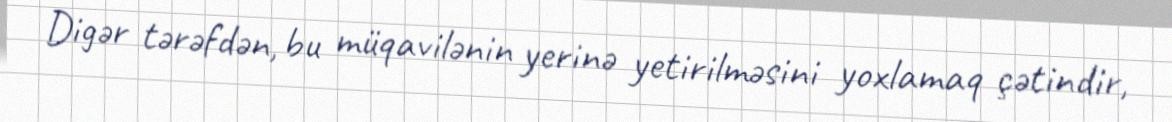
Digər tərəfdən, bu müqavilənin yerinə yetirilməsini yoxlamaq çətindir,